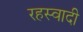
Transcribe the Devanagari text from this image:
रहस्वादी